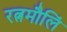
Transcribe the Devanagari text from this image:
रत्नमौलिं